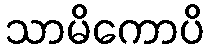
သာမိကောပိ